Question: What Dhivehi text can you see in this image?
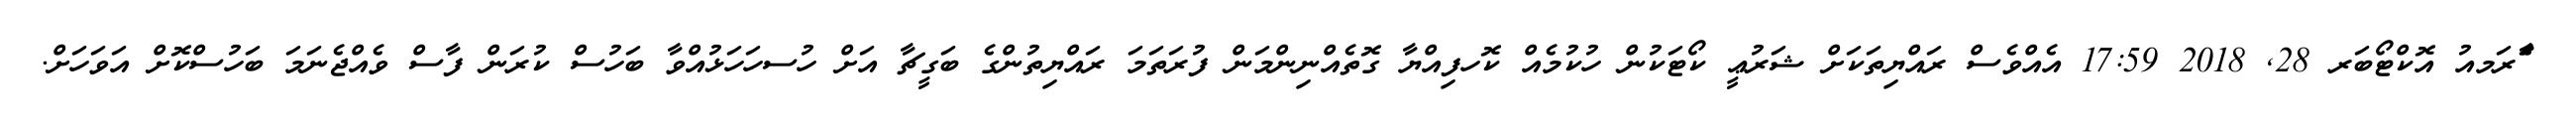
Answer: ާަެރަމއު އޮކްޓޯބަރ 28, 2018 17:59 އެއްވެސް ރައްޔިތަކަށް ޝަރުޢީ ކޯޓަކުން ހުކުމެއް ކޮހފިއްޔާ ގޮތެއްނިންމަން ފުރަތަމަ ރައްޔިތުންގެ ބަގީޗާ އަށް ހުސހަހަޅުއްވާ ބަހުސް ކުރަން ފާސް ވެއްޖެނަމަ ބަހުސްކޮށް އަވަހަށް.